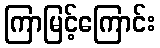
ကြာမြင့်ကြောင်း